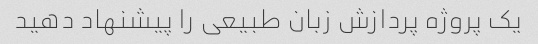
یک پروژه پردازش زبان طبیعی را پیشنهاد دهید